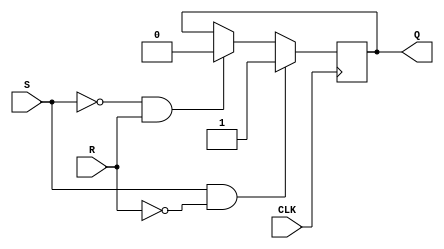
module SR_FF(input S, input R, input CLK, output reg Q);

always @(posedge CLK) begin
  if (S && !R) // Set condition
    Q <= 1'b1;
  else if (!S && R) // Reset condition
    Q <= 1'b0;
end

endmodule